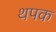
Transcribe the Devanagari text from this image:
थपक